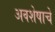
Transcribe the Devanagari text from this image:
अवशेषाचे